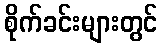
စိုက်ခင်းများတွင်